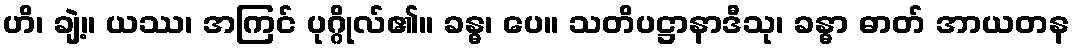
ဟိ၊ ချဲ့။ ယဿ၊ အကြင် ပုဂ္ဂိုလ်၏။ ခန္ဓ၊ ပေ။ သတိပဋ္ဌာနာဒီသု၊ ခန္ဓာ ဓာတ် အာယတန